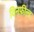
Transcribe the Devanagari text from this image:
विनफ़ील्ड